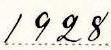
1928